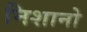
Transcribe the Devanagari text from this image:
निशानो